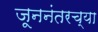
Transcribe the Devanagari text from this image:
जूननंतरच्या